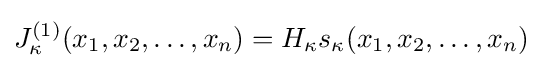
J_{\kappa }^{(1)}(x_{1},x_{2},\ldots ,x_{n})=H_{\kappa }s_{\kappa }(x_{1},x_{2},\ldots ,x_{n})